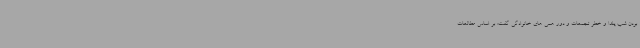
بودن شب یلدا و خطر تجمعات و دور همی های خانوادگی گفت: بر اساس مطالعات